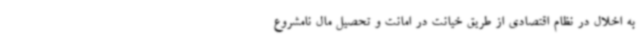
به اخلال در نظام اقتصادی از طریق خیانت در امانت و تحصیل مال نامشروع